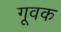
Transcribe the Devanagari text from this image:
गूवक